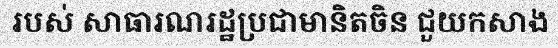
របស់ សាធារណរដ្ឋប្រជាមានិតចិន ជួយកសាង